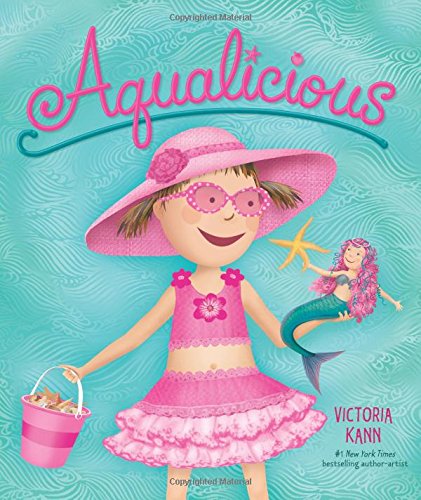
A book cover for Aqualicious (Pinkalicious); Victoria Kann; Children's Books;